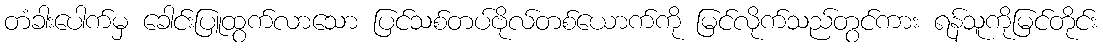
တံခါးပေါက်မှ ခေါင်းပြူထွက်လာသော ပြင်သစ်တပ်ဗိုလ်တစ်ယောက်ကို မြင်လိုက်သည်တွင်ကား ရန်သူကိုမြင်တိုင်း